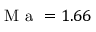
\mathrm { ~ M ~ a ~ } = 1 . 6 6